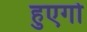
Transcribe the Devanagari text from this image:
हुएगो